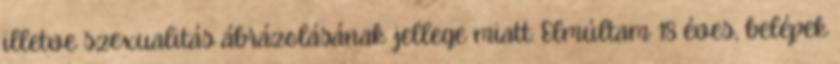
illetve szexualitás ábrázolásának jellege miatt. Elmúltam 18 éves, belépek